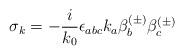
LaTeX: \begin{align*}\sigma _k=-\frac i{k_0}\epsilon _{abc}k_a\beta _b^{(\pm )}\beta _c^{(\pm )}\end{align*}